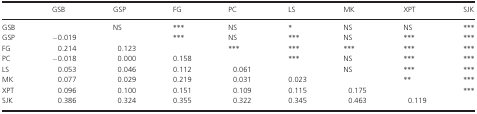
<table><thead><tr><td></td><td><b>GSB</b></td><td><b>GSP</b></td><td><b>FG</b></td><td><b>PC</b></td><td><b>LS</b></td><td><b>MK</b></td><td><b>XPT</b></td><td><b>SJK</b></td></tr></thead><tbody><tr><td>GSB</td><td></td><td>NS</td><td>***</td><td>NS</td><td>*</td><td>NS</td><td>NS</td><td>***</td></tr><tr><td>GSP</td><td>−0.019</td><td></td><td>***</td><td>NS</td><td>***</td><td>NS</td><td>***</td><td>***</td></tr><tr><td>FG</td><td>0.214</td><td>0.123</td><td></td><td>***</td><td>***</td><td>***</td><td>***</td><td>***</td></tr><tr><td>PC</td><td>−0.018</td><td>0.000</td><td>0.158</td><td></td><td>***</td><td>NS</td><td>***</td><td>***</td></tr><tr><td>LS</td><td>0.053</td><td>0.046</td><td>0.112</td><td>0.061</td><td></td><td>NS</td><td>***</td><td>***</td></tr><tr><td>MK</td><td>0.077</td><td>0.029</td><td>0.219</td><td>0.031</td><td>0.023</td><td></td><td>**</td><td>***</td></tr><tr><td>XPT</td><td>0.096</td><td>0.100</td><td>0.151</td><td>0.109</td><td>0.115</td><td>0.175</td><td></td><td>***</td></tr><tr><td>SJK</td><td>0.386</td><td>0.324</td><td>0.355</td><td>0.322</td><td>0.345</td><td>0.463</td><td>0.119</td><td></td></tr></tbody></table>